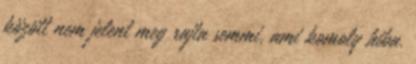
között nem jelent meg rajta semmi, ami komoly hiba.